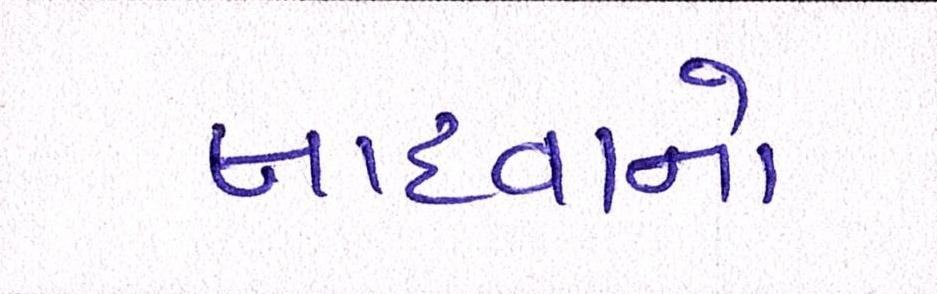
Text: લાદવાનો